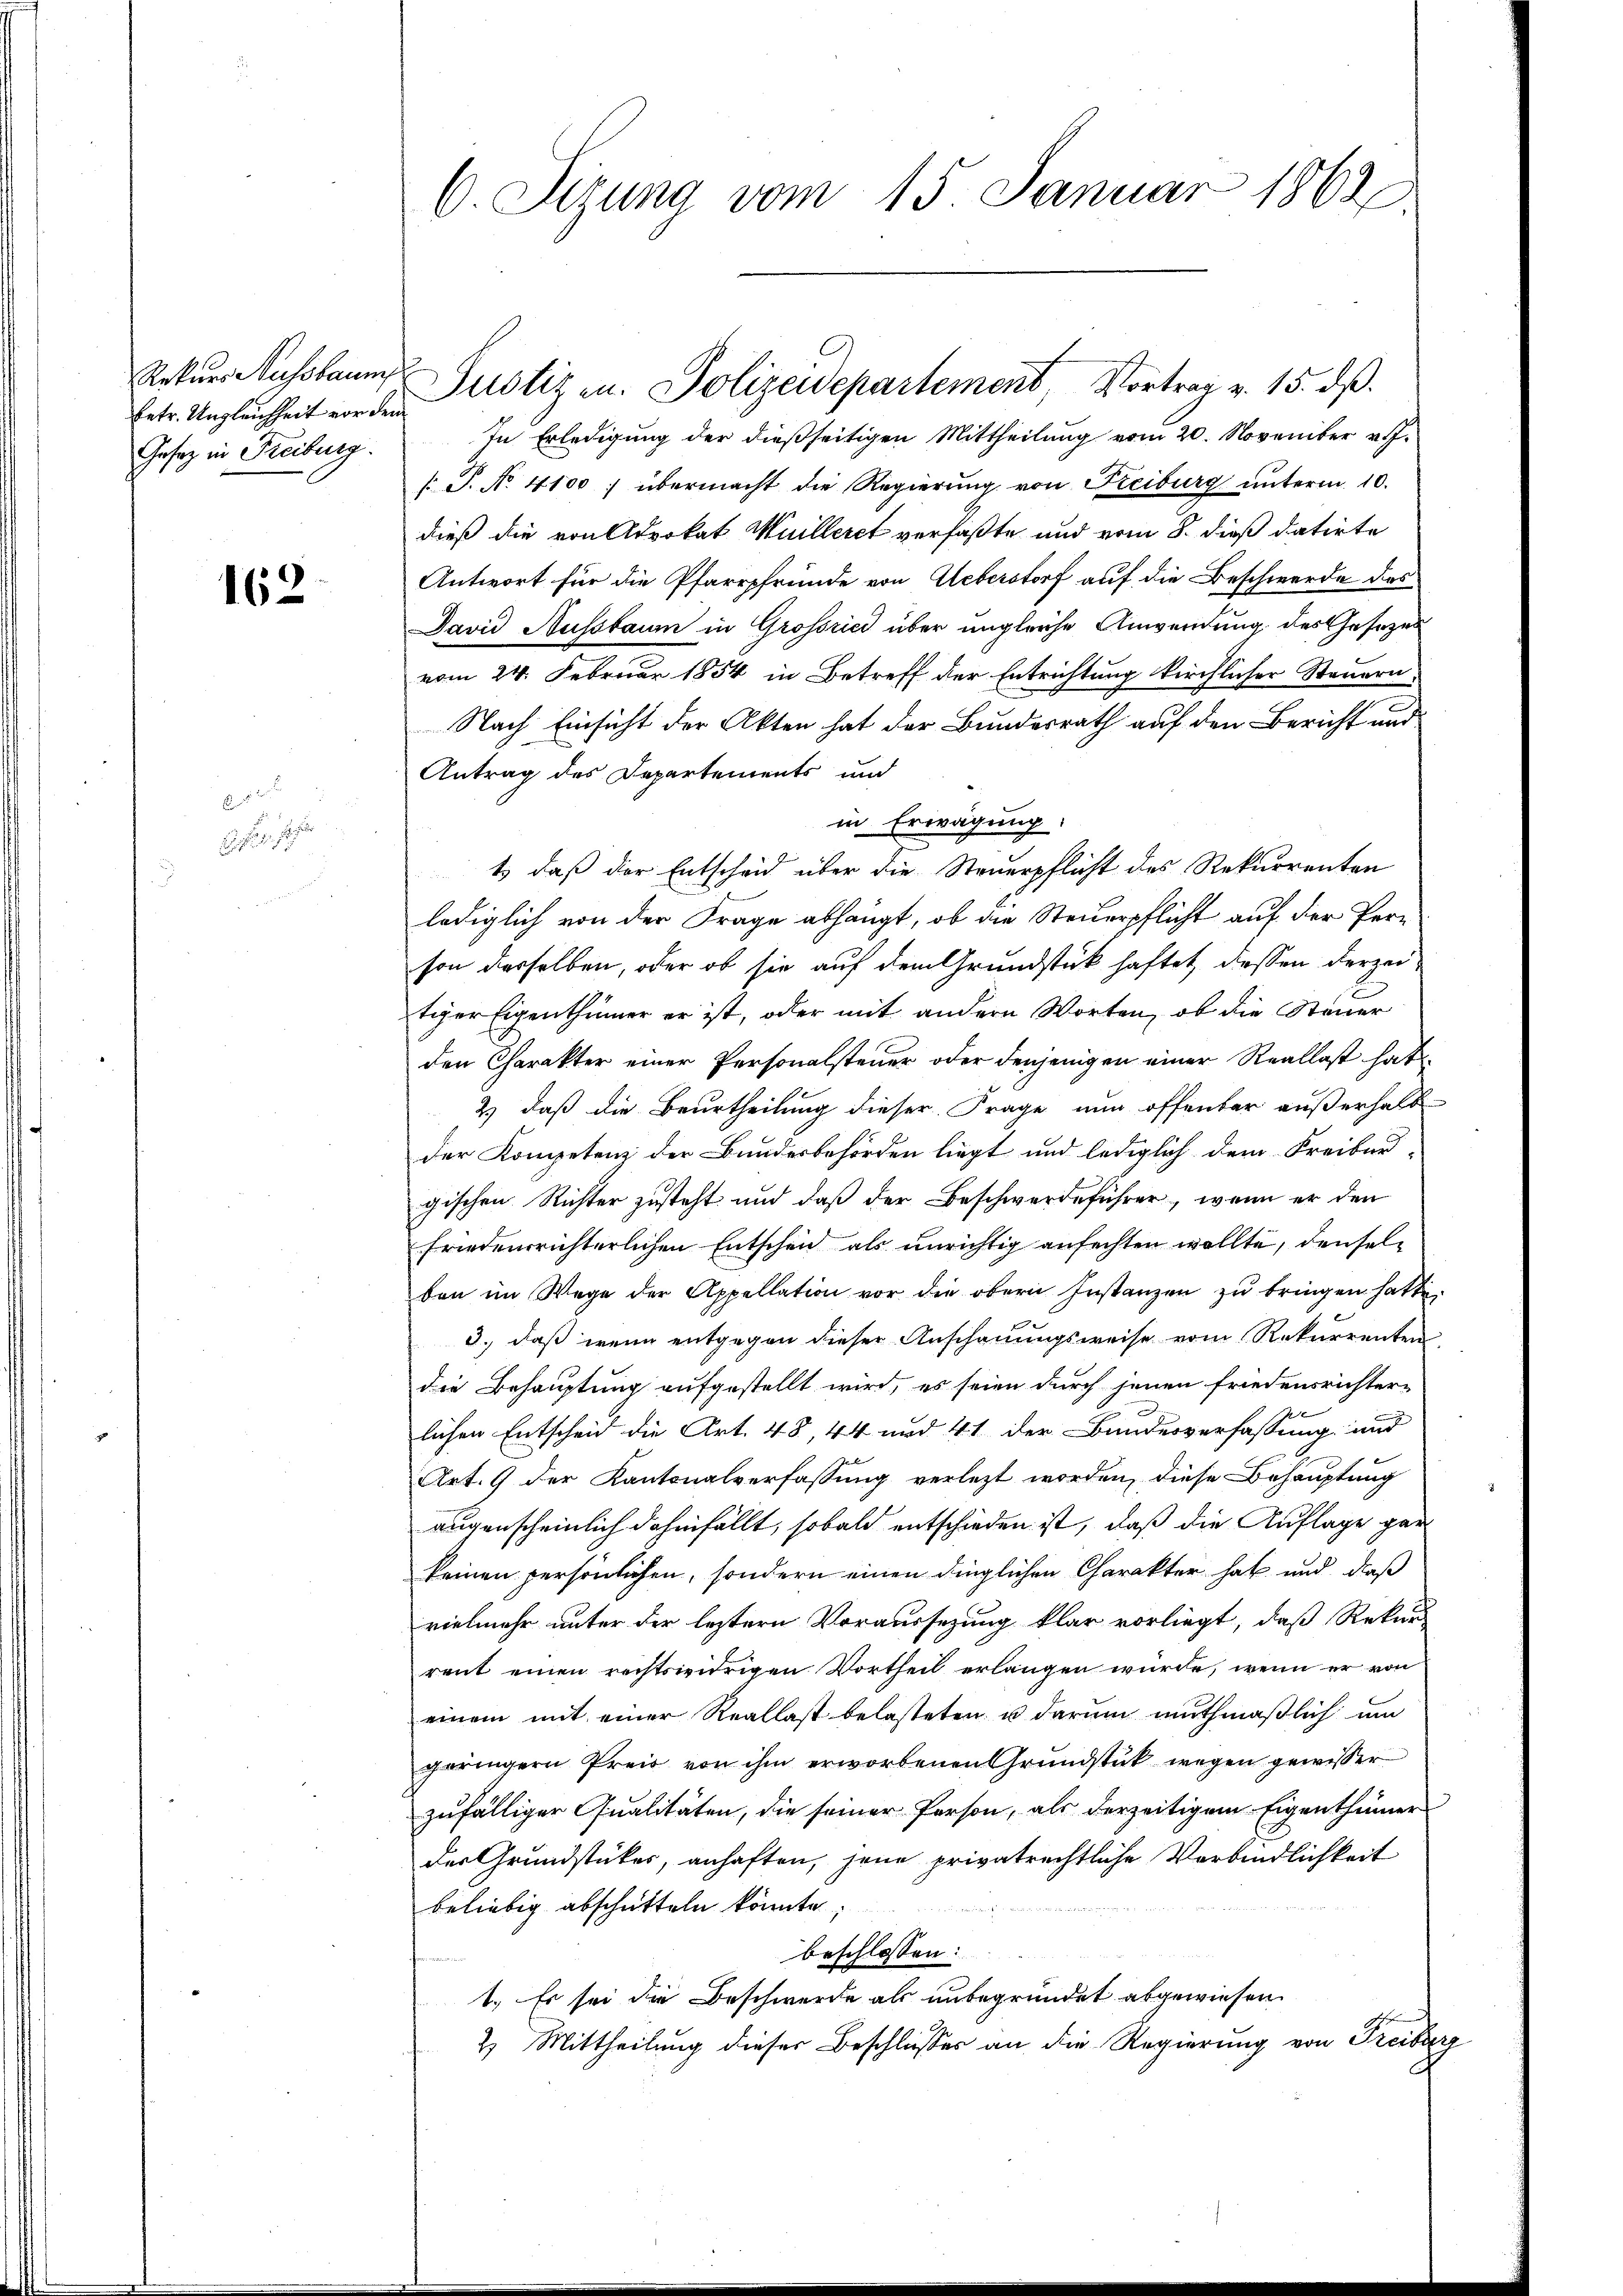
Rekurs Aussbaum
Gesetz in Freiburg.

162

2

.
e

6. Sizung vom 15. Januar 1862

In Erledigung der dießseitigen Mittheilung vom 20. November v. J.
[S. No. 4100. übermacht die Regierŭng von Freiburg unterm 10.
dieß die von Advokat Mülleret verfaßte und vom 8. dieß datirte
Antwort für die Pfarrpfründe von Ueberstorf auf die Beschwerde das
Javid Hussbaum in Grossried über ungleiche Anwendung des Gesezes
vom 24. Februar 1854 in Betreff der Entrichtung kirchlicher Steuern
Nach Einsicht der Akten hat der Bundesrath auf den Bericht und
Antrag des Departements und
in Erwägung:
t) daß der Entscheid über die Steuerpflicht des Rekurrenten
lediglich von der Frage abhängt, ob die Steuerpflicht auf der Person derselben, oder ob sie auf dem Grundstück haftet, dessen derzeitiger Eigenthümer er ist, oder mit andern Worten, ob die Steuer
den Charakter einer Personalsteuer oder denjenigen einer Reallast hat
2) daß die Beurtheilung dieser Frage nun öffenter außerhalb
der Kompetenz der Bundesbehörden liegt und lediglich dem Freiber-
gischen Richter zusteht und daß der Beschwerdeführer, wenn er den
friedensrichterlichen Entscheid als unrichtig anfechten wollte, denselben im Wege der Appellation vor die obern Instanzen zŭ bringen hatte.
3., daß wenn entgegen dieser Anschauungsweise vom Rekurrenten
die Behauptung aufgestellt wird, es seien durch jenen friedensrichter-
lichen Entscheid die Art. 48, 44 und 41 der Bundesverfassung und
Art. 9 der Kantonalverfassung verlezt worden, diese Behauptung
augenscheinlich dahinfällt, sobald entschieden ist, daß die Auflage gar
keinen persönlichen, sondern einen dinglichen Charakter hat und daß
vielmehr unter der leztern Voraussetzung klar vorliegt, daß Rekurs
rent einen rechtswidrigen Vortheil erlangen würde, wenn er von
einem mit einer Reallast belasteten u darum muthmaßlich um
geringern Preis von ihm erworbenen Grŭndstück wegen gewisser
zufälliger Qualitäten, die seiner Person, als derzeitigem Eigenthümer
der Grundstückes, anhaften, jene privatrechtliche Verbindlichkeit
beliebig abschütteln könnte;
beschlossen:
1.) Es sei die Beschwerde als unbegründet abgewiesen.
2) Mittheilung dieser Beschliesses an die Regierung von Freiburg

fetr. Ungleichheit von der Justiz an. Polizeidepartement, Vortrag v. 15. dß.